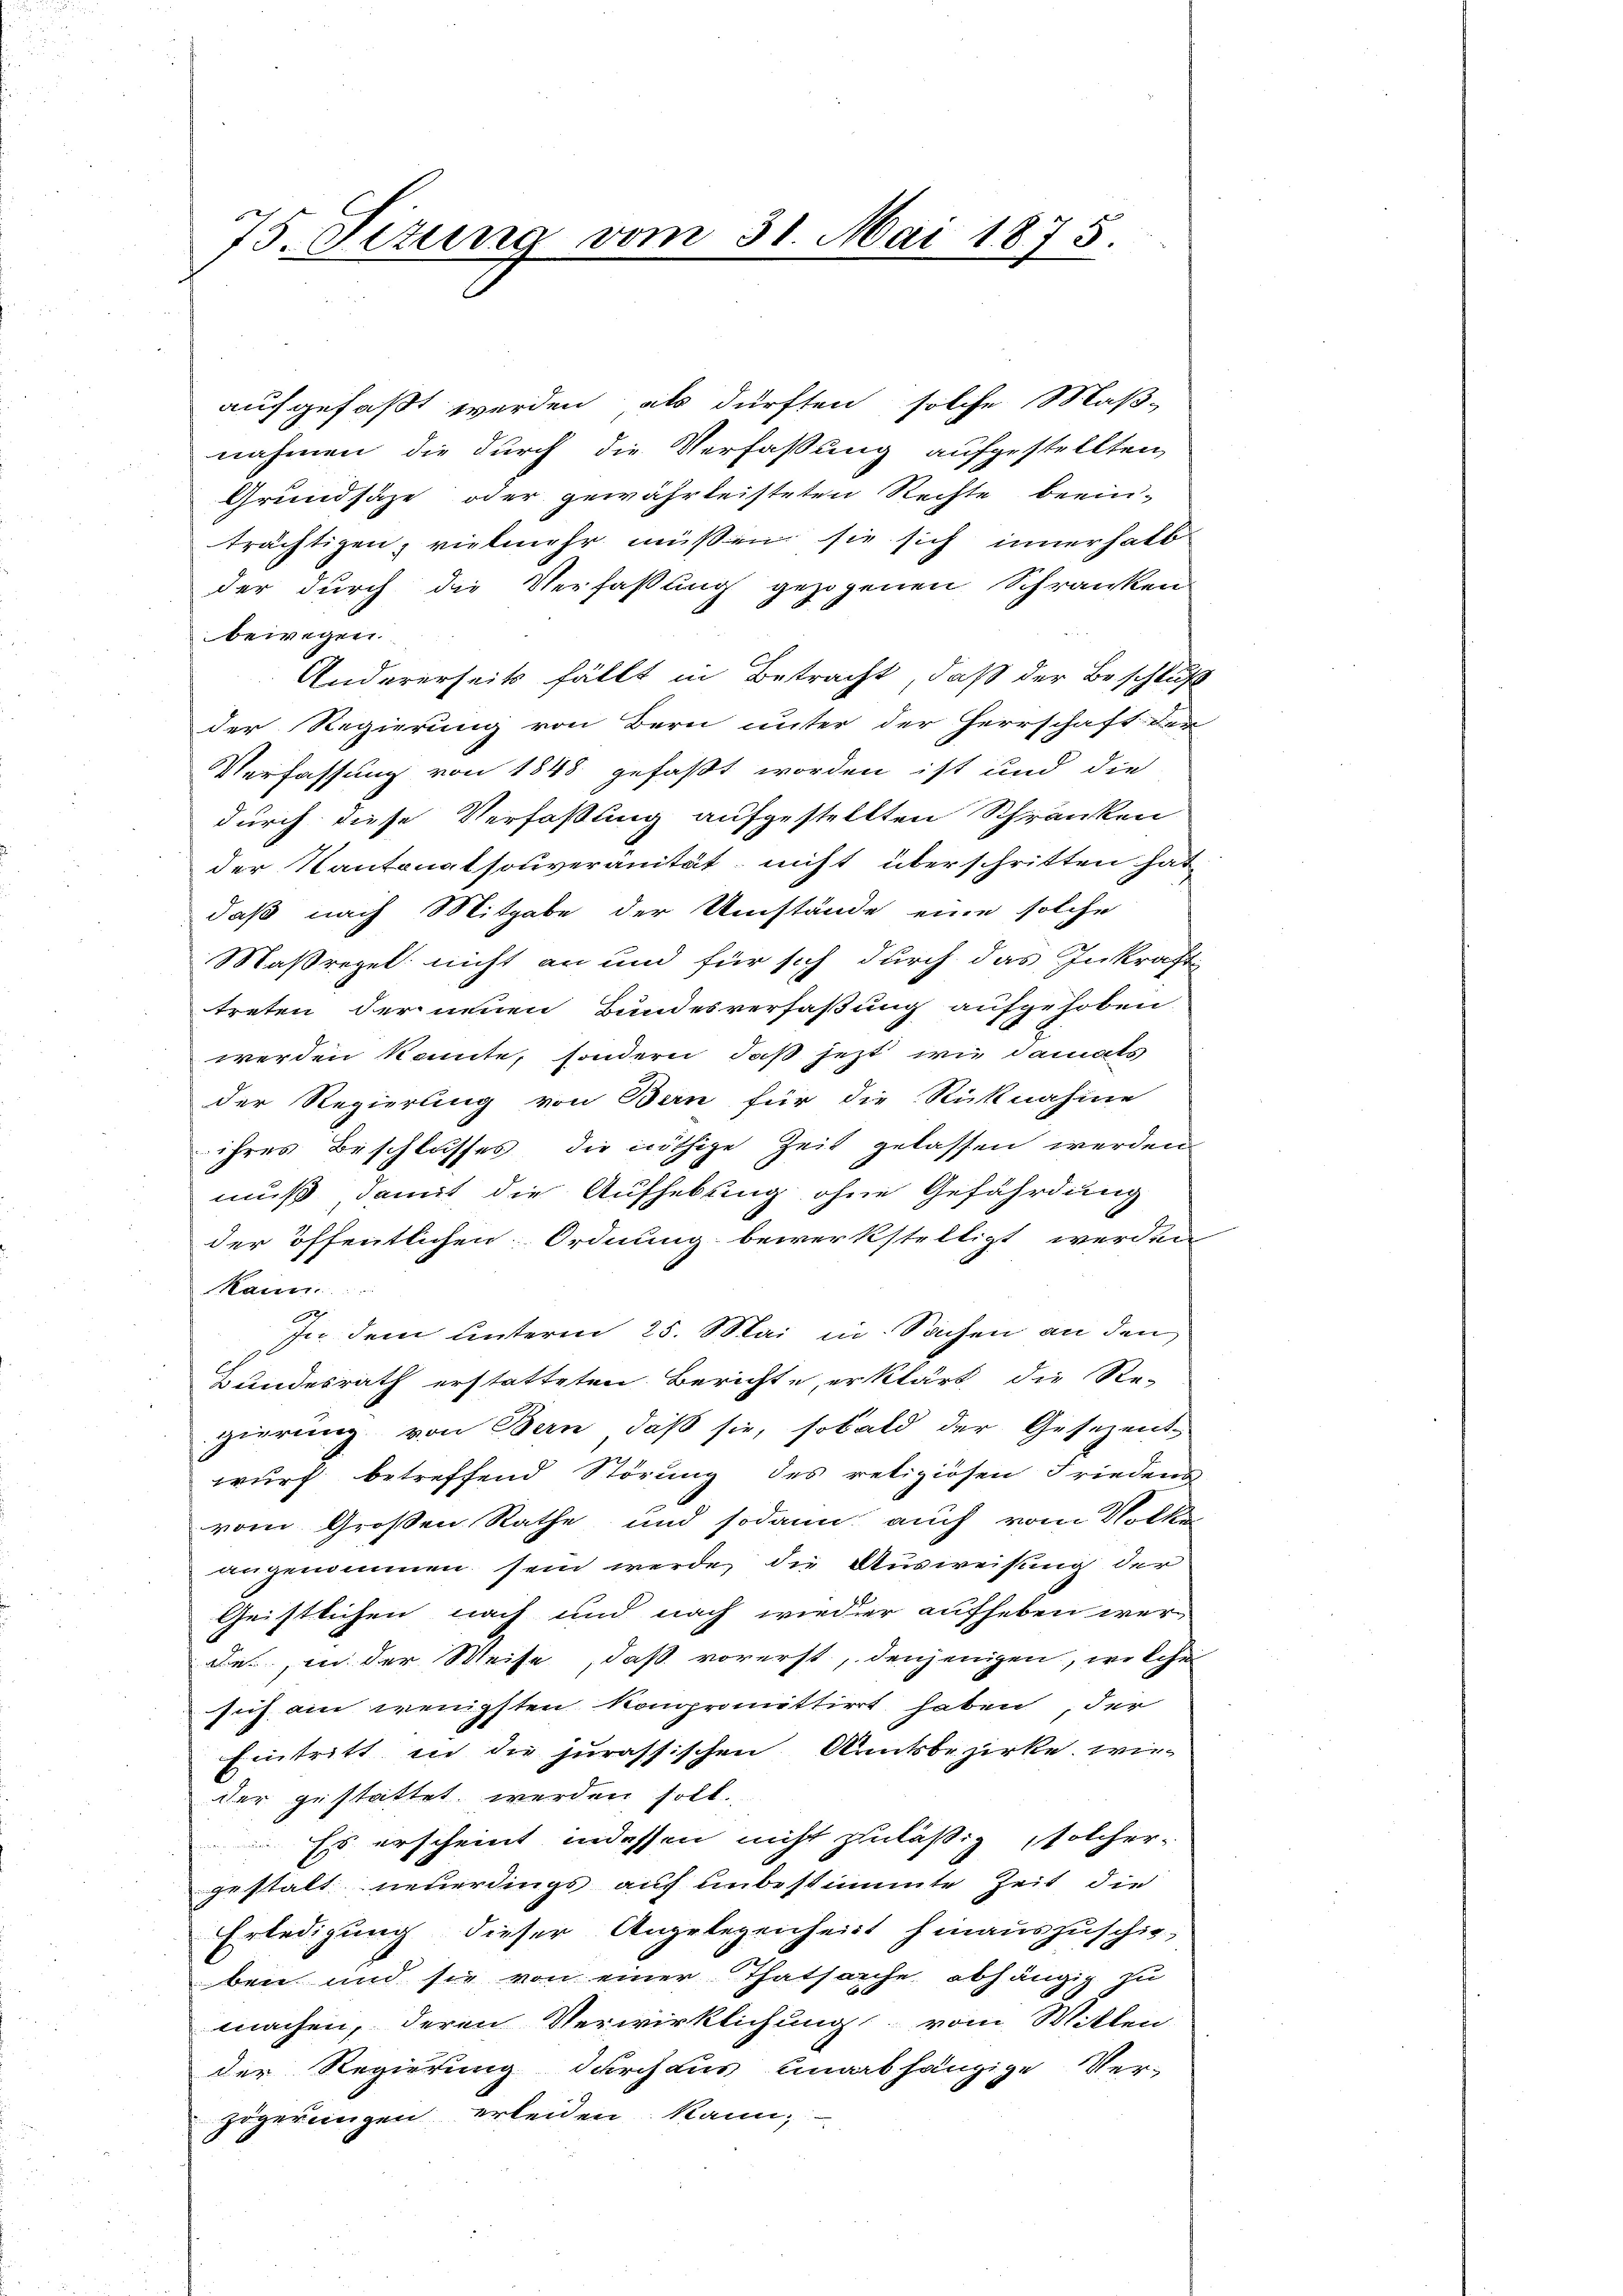
75. Titung vom 31. Mai 1875.

aufgefaßt werden, als dürften solche Maßnahmen, die durch die Verfassung aufgestellten,
Grundsäze oder gewährleisteten Rechte beein-
trächtigen, vielmehr müßen sie sich innerhalb
der durch die Verfassung gezogenen Schranken
bewegen.
Andererseits fällt in Betracht, daß der Beschluß
der Regierung von Bern unter der Herrschaft der
Verfassung von 1848 gefaßt worden ist und die
durch diese Verfaßung aufgestellten Schränken
der Kantonatsouveränität nicht überschritten hat
daß nach Mitgabe der Umstände eine solche
Maßregel nicht an und für sich durch das Inkraft
treten der neuen Bundesverfaßung aufgehoben.
werden könnte, sondern, daß jetzt wie damals
der Regierung von Bern für die Rücknahme
ihres Beschlusses die nöthige Zeit gelassen werden.
muß, damit die Aufhebung ohne Gefährdung
der öffentlichen Ordnung bewerkstelligt werden
kann.
In dem Unterm 25. Mai in Sachen an den
Bundesrath erstatteten Berichte, erklärt die Re-
gierung von Bern, daß sie, sobald der Gesezent
wurf betreffend Störung des retiziösen Friedens
vom Großen Rathe und sodann auch vom Volke
angenommen sein werde, die Ausweisung der
Geistlichen nach und nach wieder aufheben wer
des, in der Weise, daß vorerst, denjenigen, welche
sich ain wenigsten kompromittiret haben, der
Eintritt in die jurassischen Amtsbezirke, wie
der gestattet werden holt.
Es erscheint indessen nicht zuläßig solcher-
gestalt neuerdings auf unbestimmte Zeit die
Erledigung dieser Angelegenheit hinauszuschie-
ben und sie von einer Thatsarche abhängig zu
machen, deren Verwirklichung vom Willen
der Regierung durchaus unabhängige Ver-
zögerungen erleiden kann,